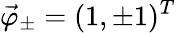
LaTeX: \vec{\varphi}_{\pm}=(1,\pm 1)^{T}